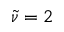
\widetilde \nu = 2